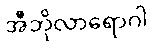
အီဘိုလာရောဂါ